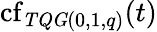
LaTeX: \operatorname{cf}_{\mathit{TQG}(0,1,q)}(t)